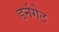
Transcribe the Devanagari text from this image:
डर्नगेट